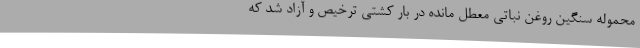
محموله سنگین روغن نباتی معطل مانده در بار کشتی ترخیص و آزاد شد که